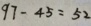
9 7 - 4 5 = 5 2